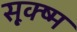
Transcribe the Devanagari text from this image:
सू़क्ष्म